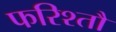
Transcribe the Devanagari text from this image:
फरिश्तौ